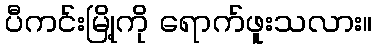
ပီကင်းမြို့ကို ရောက်ဖူးသလား။